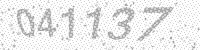
Solution: 041137